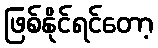
ဖြစ်နိုင်ရင်တော့